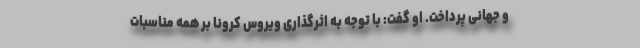
و جهانی پرداخت. او گفت: با توجه به اثرگذاری ویروس کرونا بر همه مناسبات